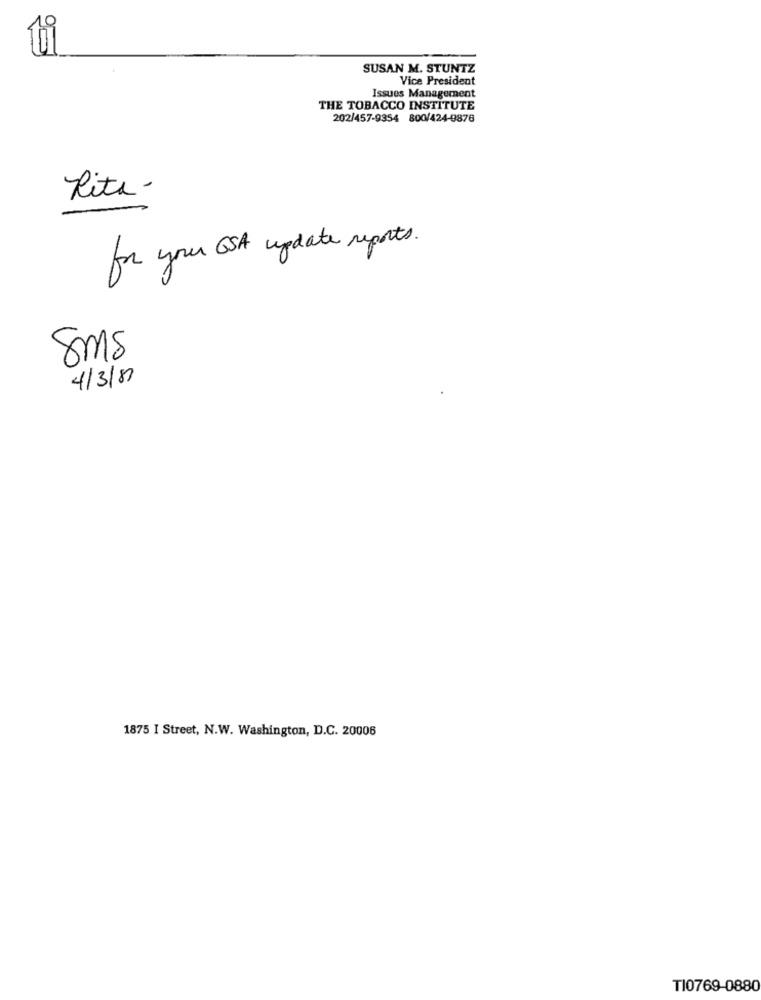
SUSAN M. STUNTZ
Vice President
Issues Management
THE TOBACCO INSTITUTE
202/457-9354 800/424-9876
Lite -
for your GSA update reports.
Sms
4/3/81
1875 I Street, N.W. Washington, D.C. 20006
TI0769-0880